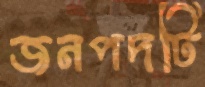
জনপদটি